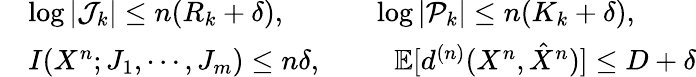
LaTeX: \begin{array}{rl}&{\log|\mathcal{J}_{k}|\leq n(R_{k}+\delta),~~~~~~~~~~~~\log|\mathcal{P}_{k}|\leq n(K_{k}+\delta),}\\ &{I(X^{n};J_{1},\cdots,J_{m})\leq n\delta,~~~~~~~~~~\textstyle\mathbb{E}[{d^{(n)}}(X^{n},\hat{X}^{n})]\leq D+\delta}\end{array}